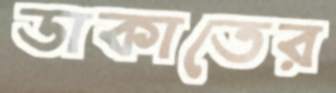
ডাকাতের